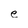
Character: e